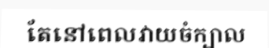
តែនៅពេលវាយចំក្បាល